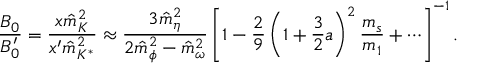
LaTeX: \frac { B _ { 0 } } { B _ { 0 } ^ { \prime } } = \frac { x \hat { m } _ { K } ^ { 2 } } { x ^ { \prime } \hat { m } _ { K ^ { * } } ^ { 2 } } \approx \frac { 3 \hat { m } _ { \eta } ^ { 2 } } { 2 \hat { m } _ { \phi } ^ { 2 } - \hat { m } _ { \omega } ^ { 2 } } \left[ 1 - \frac { 2 } { 9 } \left( 1 + \frac { 3 } { 2 } a \right) ^ { 2 } \frac { m _ { s } } { m _ { 1 } } + \cdots \right] ^ { - 1 } .